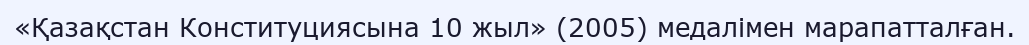
«Қазақстан Конституциясына 10 жыл» (2005) медалімен марапатталған.